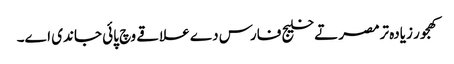
کھجور زیادہ ترمصر تے خلیج فارس دے علاقے وچ پائی جاندی ا‏‏ے۔